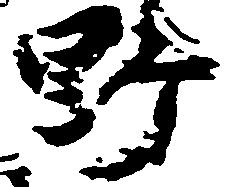
野